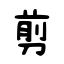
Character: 剪